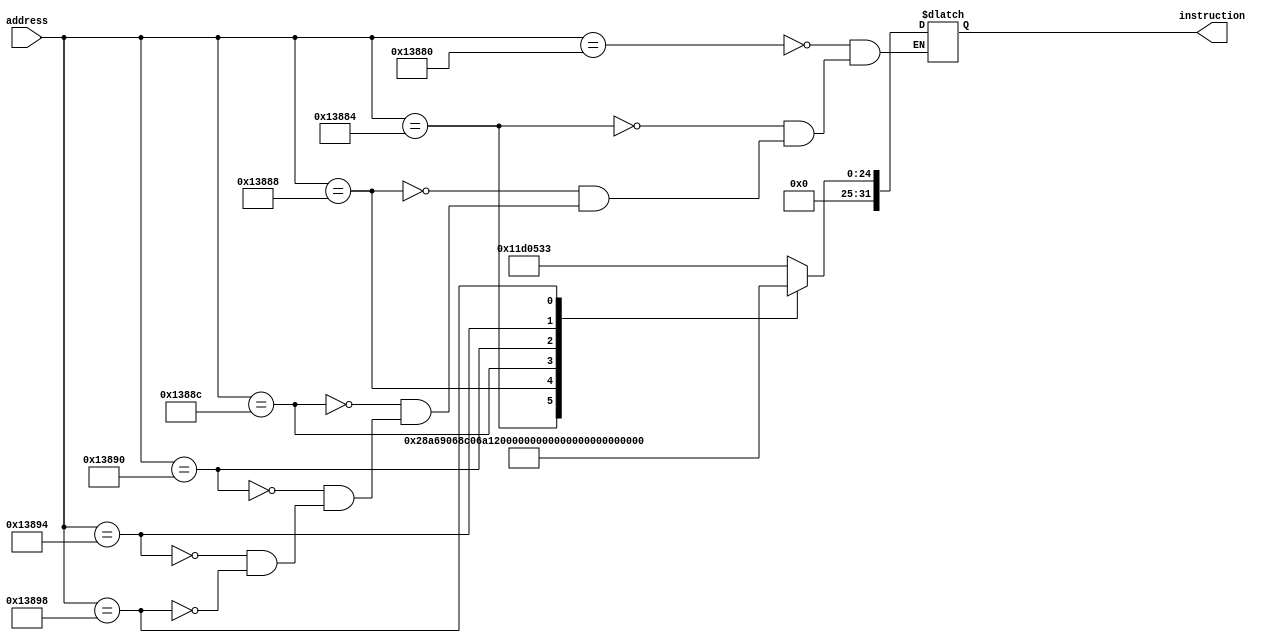
module InstructionMemory (address, instruction);
input [31:0] address;
output reg [31:0] instruction;
always @(*) begin
case (address)
32'd80000: instruction = 32'b00000001000111010000010100110011;//add
32'd80004: instruction = 32'b00000001010001010011010010000011;//sub
32'd80008: instruction = 32'b00000000100011000000011010100001;//and
32'd80012: instruction = 32'b0000000_00101_00101_111_01001_0101010;//beq

32'd80016: instruction = 32'b00000000111111000100010010000000;//or
32'd80020: instruction = 32'b000000000011_11010_100_01001_0010100;//lw
32'd80024: instruction = 32'b0000000_00001_00100_110_11010_1010101;//sw


endcase
end
endmodule




//------------------------------------------------------------------------------------------------------------------//

//Inputs and Outputs
module regfile(
input [4:0] read_register_1,
input [4:0] read_register_2,
input RegWrite,
input [4:0] write_register,
input [31:0] write_data,
output reg[31:0] read_data_1,
output reg[31:0] read_data_2
);
reg [31:0] registers[31:0];
//Manually giving 32-bit values for 32 register
initial begin
registers[0] = 32'b00000000000000000000000000000000;
registers[1] = 32'b00000000000000000000000000000001;
registers[2] = 32'b00000000000000000000000000000010;
registers[3] = 32'b00000000000000000000000000000011;
registers[4] = 32'b00000000000000000000000000000100;
registers[5] = 32'b00000000000000000000000000000101;
registers[6] = 32'b00000000000000000000000000000110;
registers[7] = 32'b00000000000000000000000000000111;
registers[8] = 32'b00000000000000000000000000001000;
registers[9] = 32'b00000000000000000000000000001001;
registers[10] = 32'b00000000000000000000000000001010;
registers[11] = 32'b00000000000000000000000000001011;
registers[12] = 32'b00000000000000000000000000001100;
registers[13] = 32'b00000000000000000000000000001101;
registers[14] = 32'b00000000000000000000000000001110;
registers[15] = 32'b00000000000000000000000000001111;
registers[16] = 32'b00000000000000000000000000010000;
registers[17] = 32'b00000000000000000000000000010001;
registers[18] = 32'b00000000000000000000000000010010;
registers[19] = 32'b00000000000000000000000000010011;
registers[20] = 32'b00000000000000000000000000010100;
registers[21] = 32'b00000000000000000000000000010101;
registers[22] = 32'b00000000000000000000000000010110;
registers[23] = 32'b00000000000000000000000000010111;
registers[24] = 32'b00000000000000000000000000011000;
registers[25] = 32'b00000000000000000000000000011001;
registers[26] = 32'b00000000000000000000000000011010;
registers[27] = 32'b00000000000000000000000000011011;
registers[28] = 32'b00000000000000000000000000011100;
registers[29] = 32'b00000000000000000000000000011101;
registers[30] = 32'b00000000000000000000000000011110;
registers[31] = 32'b00000000000000000000000000011111;
end
//o/p 1 and 2 shows data from i/p 1 and 2 based on registers index specified respectively
always @* begin
read_data_1 = registers[read_register_1];
read_data_2 = registers[read_register_2];
// Update registers when RegWrite is 1
if (RegWrite==1) begin
registers[write_register] <= write_data;
end
end
endmodule

//------------------------------------------------------------------------------------------------------------------//

module immed_generator(
    input [31:0] instruction ,
    output reg [31:0] out_immediate
);
 

    always @(*)
    begin
        case(instruction[6:0])
//takes immediate bits(12) from 32 bit instructions and pads with 0s(32 bits)
           
            7'b0110011: // add
                out_immediate = 32'b00000000000000000000000000000000;
            7'b0000011: // sub
                out_immediate = 32'b00000000000000000000000000000000;
            7'b0100001: // and
                out_immediate = 32'b00000000000000000000000000000000;
              7'b0000000: // or
                out_immediate = 32'b00000000000000000000000000000000;  
                7'b0010100://lw
                   out_immediate = {20'b00000000000000000000, instruction[31:20]};
               7'b1010101://sw
                   out_immediate = {20'b00000000000000000000,instruction[31:25], instruction[11:7]};        

          7'b0101010://beq
                   out_immediate = {20'b00000000000000000000,instruction[31], instruction[29:25], instruction[11], instruction[10:7], instruction[30]};    
        endcase
    end

endmodule


//------------------------------------------------------------------------------------------------------------------//
// ALU MUX

module mux2 (
input [31:0] in0, // First 32-bit input
input [31:0] in1, // Second 32-bit input
input select, // Selection line
output reg [31:0] out // 32-bit output
);
always @(*) begin
if (select) begin
out = in1; // Select in1 if select is high
end else begin
out = in0; // Select in0 if select is low
end
end
endmodule



//------------------------------------------------------------------------------------------------------------------//


module ALU_CONTROL(
 input [1:0] ALU0p,
 input [31:0] instruction,//input
 output reg [3:0] ALU_CONTROL //output
 );
 
 always @*
 begin
 // R-Type instruction
 if ({ALU0p[1:0] ,instruction[30] , instruction[14:12]} == 6'b100000 ) begin
 ALU_CONTROL = 4'b0000 ;
 end
 else if ({ALU0p[1:0] ,instruction[30] , instruction[14:12]} == 6'b010011 ) begin
 ALU_CONTROL = 4'b0011 ;
 end
  else if ({ALU0p[1:0] ,instruction[30] , instruction[14:12]} == 6'b110000 ) begin
 ALU_CONTROL = 4'b0111 ;
 end
  else if ({ALU0p[1:0] ,instruction[30] , instruction[14:12]} == 6'b000100 ) begin
 ALU_CONTROL = 4'b1111 ;
 end
else if ({ALU0p[1:0] ,instruction[30] , instruction[14:12]} == 6'b010100 ) begin
 ALU_CONTROL = 4'b0000 ;
 end
else if ({ALU0p[1:0] ,instruction[30] , instruction[14:12]} == 6'b000110) begin
 ALU_CONTROL = 4'b0000 ;
 end
else if ({ALU0p[1:0] ,instruction[30] , instruction[14:12]} == 6'b000111) begin
 ALU_CONTROL = 4'b0011 ;
 end
 else begin
    ALU_CONTROL = 4'b0001 ;
    end
 end
endmodule

//------------------------------------------------------------------------------------------------------------------//
module ALU(
output reg [31:0] O,
output zeroFlag,
input [31:0] A,
input [31:0] B,
input [3:0] S
);
//Inputs and Output are 32 bits each and selection line is 4 bits while zero flag is 1 bit
always @*
begin
if (S == 4'b0000) begin
  O = A+B;
end
else if (S == 4'b0011) begin
  O = A-B;
end
else if (S == 4'b0111) begin
  O = A&B;
end
else if (S == 4'b1111) begin
  O = A|B;
end

else begin
  O = 32'b0 ;
end


end
assign zeroFlag = (O == 32'b0) ? 1'b1 : 1'b0;
//If output is all 32 bits 0s, zero flag is assigned value 1(1 bit) otherwise 0(1 bit)
endmodule



//------------------------------------------------------------------------------------------------------------------//

module DataMemory (Address, Writedata, MemRead, MemWrite, ReadData);
input [31:0] Address;
input [31:0] Writedata;
input MemRead, MemWrite;
output reg [31:0] ReadData;
reg [31:0] Mem[31:0];
initial begin
//putting some initial binary values in memory to be read or when written on these same
//addresses modified
Mem[0] = 32'b00000000000000000000000000000000;
Mem[1] = 32'b00000000000000000000000000000001;
Mem[2] = 32'b00000000000000000000000000000010;
Mem[3] = 32'b00000000000000000000000000000011;
Mem[4] = 32'b00000000000000000000000000000100;
Mem[5] = 32'b00000000000000000000000000000101;
Mem[6] = 32'b00000000000000000000000000000110;
Mem[7] = 32'b00000000000000000000000000000111;
Mem[8] = 32'b00000000000000000000000000001000;
Mem[9] = 32'b00000000000000000000000000001001;
Mem[10] = 32'b00000000000000000000000000001010;
Mem[11] = 32'b00000000000000000000000000001011;
Mem[12] = 32'b00000000000000000000000000001100;
Mem[13] = 32'b00000000000000000000000000001101;
Mem[14] = 32'b00000000000000000000000000001110;
Mem[15] = 32'b00000000000000000000000000001111;
Mem[16] = 32'b00000000000000000000000000010000;
Mem[17] = 32'b00000000000000000000000000010001;
Mem[18] = 32'b00000000000000000000000000010010;
Mem[19] = 32'b00000000000000000000000000010011;
Mem[20] = 32'b00000000000000000000000000010100;
Mem[21] = 32'b00000000000000000000000000010101;
Mem[22] = 32'b00000000000000000000000000010110;
Mem[23] = 32'b00000000000000000000000000010111;
Mem[24] = 32'b00000000000000000000000000011000;
Mem[25] = 32'b00000000000000000000000000011001;
Mem[26] = 32'b00000000000000000000000000011010;
Mem[27] = 32'b00000000000000000000000000011011;
Mem[28] = 32'b00000000000000011000000000011100;
Mem[29] = 32'b00000000000000000000001100011101;
Mem[30] = 32'b00000000000000000001100000011110;
Mem[31] = 32'b00000000000000000000000000011111;
end
always @* begin
//when control signal is one means data memory will be used
if (MemRead) begin
ReadData = Mem[Address];
//When MemWrite is enabled based on address specified 32 bit binary is written on
//that address in memory
end else if (MemWrite) begin
Mem[Address] <= Writedata;
end else begin // Control signal is 0, hold output to 0
ReadData = 32'b0;
end
end
endmodule

//------------------------------------------------------------------------------------------------------------------//
//datamem mux
module mux3 (
input [31:0] data, // First 32-bit input
input [31:0] aluout, // Second 32-bit input
input S, // Selection line
output reg [31:0] Y // 32-bit output
);
always @(*) begin
if (S) begin
Y = data; // Select inB if select is high
end else begin
Y = aluout; // Select inA if select is low
end
end
endmodule
//------------------------------------------------------------------------------------------------------------------//
module and_gate (
  input  A,
  input  B,
  output reg O
);

  always @* begin
    O = A & B;
  end

endmodule
//------------------------------------------------------------------------------------------------------------------//

module main_control(
    input [6:0] instruction,
    output reg Branch,
    output reg MemRead,
    output reg MemtoReg,
    output reg [1:0] ALUOp,
    output reg MemWrite,
    output reg ALUSrc,
    output reg RegWrite
);

always @(*)
begin
    // Based on the opcode of the instruction, 7 control signals are generated by the control unit
    // for different types of instructions
    case(instruction)

        7'b0110011: // R-type add
            begin
                ALUSrc = 0;
                MemtoReg = 0;
                RegWrite = 1;
                MemRead = 0;
                MemWrite = 0;
                Branch = 0;
                ALUOp = 2'b10;
            end

        7'b0000011: // sub
            begin
                ALUSrc = 0;
                MemtoReg = 0;
                RegWrite = 1;
                MemRead = 0;
                MemWrite = 0;
                Branch = 0;
                ALUOp = 2'b01;
            end

        7'b0100001: // and
            begin
                ALUSrc = 0;
                MemtoReg = 0;
                RegWrite = 1;
                MemRead = 0;
                MemWrite = 0;
                Branch = 0;
                ALUOp = 2'b11;
            end

        7'b0000000: // or
            begin
                ALUSrc = 0;
                MemtoReg = 0;
                RegWrite = 1;
                MemRead = 0;
                MemWrite = 0;
                Branch = 0;
                ALUOp = 2'b00;
            end
  7'b0010100: // lw
            begin
                ALUSrc = 1;
                MemtoReg = 1;
                RegWrite = 1;
                MemRead = 1;
                MemWrite = 0;
                Branch = 0;
                ALUOp = 2'b01;
            end
  7'b1010101: // sw
            begin
                ALUSrc = 1;
                MemtoReg = 0;
                RegWrite = 0;
                MemRead = 0;
                MemWrite = 1;
                Branch = 0;
                ALUOp = 2'b00;
            end
7'b0101010: // beq
            begin
                ALUSrc = 0;
                MemtoReg = 0;
                RegWrite = 0;
                MemRead = 0;
                MemWrite = 0;
                Branch = 1;
                ALUOp = 2'b00;
            end

    endcase
end

endmodule

//------------------------------------------------------------------------------------------------------------------//
module processor (
  input [31:0] adress,
  output [31:0] instr,
  output [31:0] read_data1 ,
  output [31:0] read_data2 ,
  output [31:0] write_mux_data,
  output [31:0] offset_immidiate,
  output [31:0] ALU_result,
  output zero_flag,
  output sel,
  output [31:0] read_dm,
  output [3:0] Alu_control_signal
 
  );
   
  InstructionMemory IM(
      .address(adress),
      .instruction(instr)
      );
     
      wire [4:0] readreg1 ;
      assign  readreg1 = instr[19:15] ;
      wire [4:0] readreg2 ;
      assign  readreg2 = instr[24:20] ;
      wire [4:0] writereg ;
      assign  writereg = instr[11:7] ;
      wire [6:0] controlbits ;
      assign  controlbits = instr[6:0] ;  
      wire RegisterWrite ;
      //wire [31:0] write_mux_data ;
     
  regfile RF(
      .read_register_1(readreg1),
      .read_register_2(readreg2),
      .RegWrite(RegisterWrite),
      .write_register(writereg),
      .write_data(write_mux_data),
      .read_data_1(read_data1),
      .read_data_2(read_data2)
);
 
 
 immed_generator IMG(
      .instruction(instr) ,
      .out_immediate(offset_immidiate)
);

 wire ALU_src ;
 wire [31:0] Alu_in_mux_out ;
 
 mux2 Alu_MUX(
     .in0(read_data2), // First 32-bit input
     .in1(offset_immidiate), // Second 32-bit input
     .select(ALU_src), // Selection line
     .out(Alu_in_mux_out) // 32-bit output
);

wire [1:0] ALU_op ;


ALU_CONTROL alu_control(
       .ALU0p(ALU_op),
       .instruction(instr),//input
       .ALU_CONTROL(Alu_control_signal) //output
 );
 
 
 ALU  Main_Alu(
        .O(ALU_result),
        .zeroFlag(zero_flag),
        .A(read_data1),
        .B(Alu_in_mux_out),
        .S(Alu_control_signal)
        );
   
        wire Control_mem_read ;
        wire Control_mem_write ;
DataMemory D_M(
          .Address(ALU_result),
          .Writedata(read_data2),
          .MemRead(Control_mem_read),
          .MemWrite(Control_mem_write),
          .ReadData(read_dm)
          );
         
       wire Control_mem_to_reg ;
       
mux3 D_M_Mux(
         .data(read_dm), // First 32-bit input
         .aluout(ALU_result), // Second 32-bit input
         .S(Control_mem_to_reg), // Selection line
         .Y(write_mux_data) // 32-bit output
);

 wire Control_Branch ;
and_gate and_gate_zero_flag(
        .A(Control_Branch),
        .B(zero_flag),
        .O(sel)
);


           
wire [6:0] w;
assign w = instr[6:0];
main_control  main_control_unit(
    .instruction(w),
    .Branch(Control_Branch),
    .MemRead(Control_mem_read),
    .MemtoReg(Control_mem_to_reg),
    .ALUOp(ALU_op),
    .MemWrite(Control_mem_write),
    .ALUSrc(ALU_src),
    .RegWrite(RegisterWrite)
);
endmodule